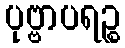
ပုဗ္ဗာပရဉ္စ